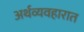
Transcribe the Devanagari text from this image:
अर्थव्यवहारात